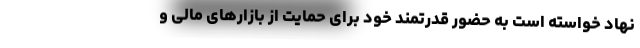
نهاد خواسته است به حضور قدرتمند خود برای حمایت از بازارهای مالی و